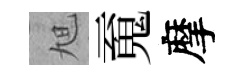
旭䰟摩